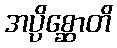
အပ္ပိစ္ဆောတိ